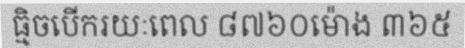
ធ្មិចបើករយៈពេល ៨៧៦០ម៉ោង ៣៦៥